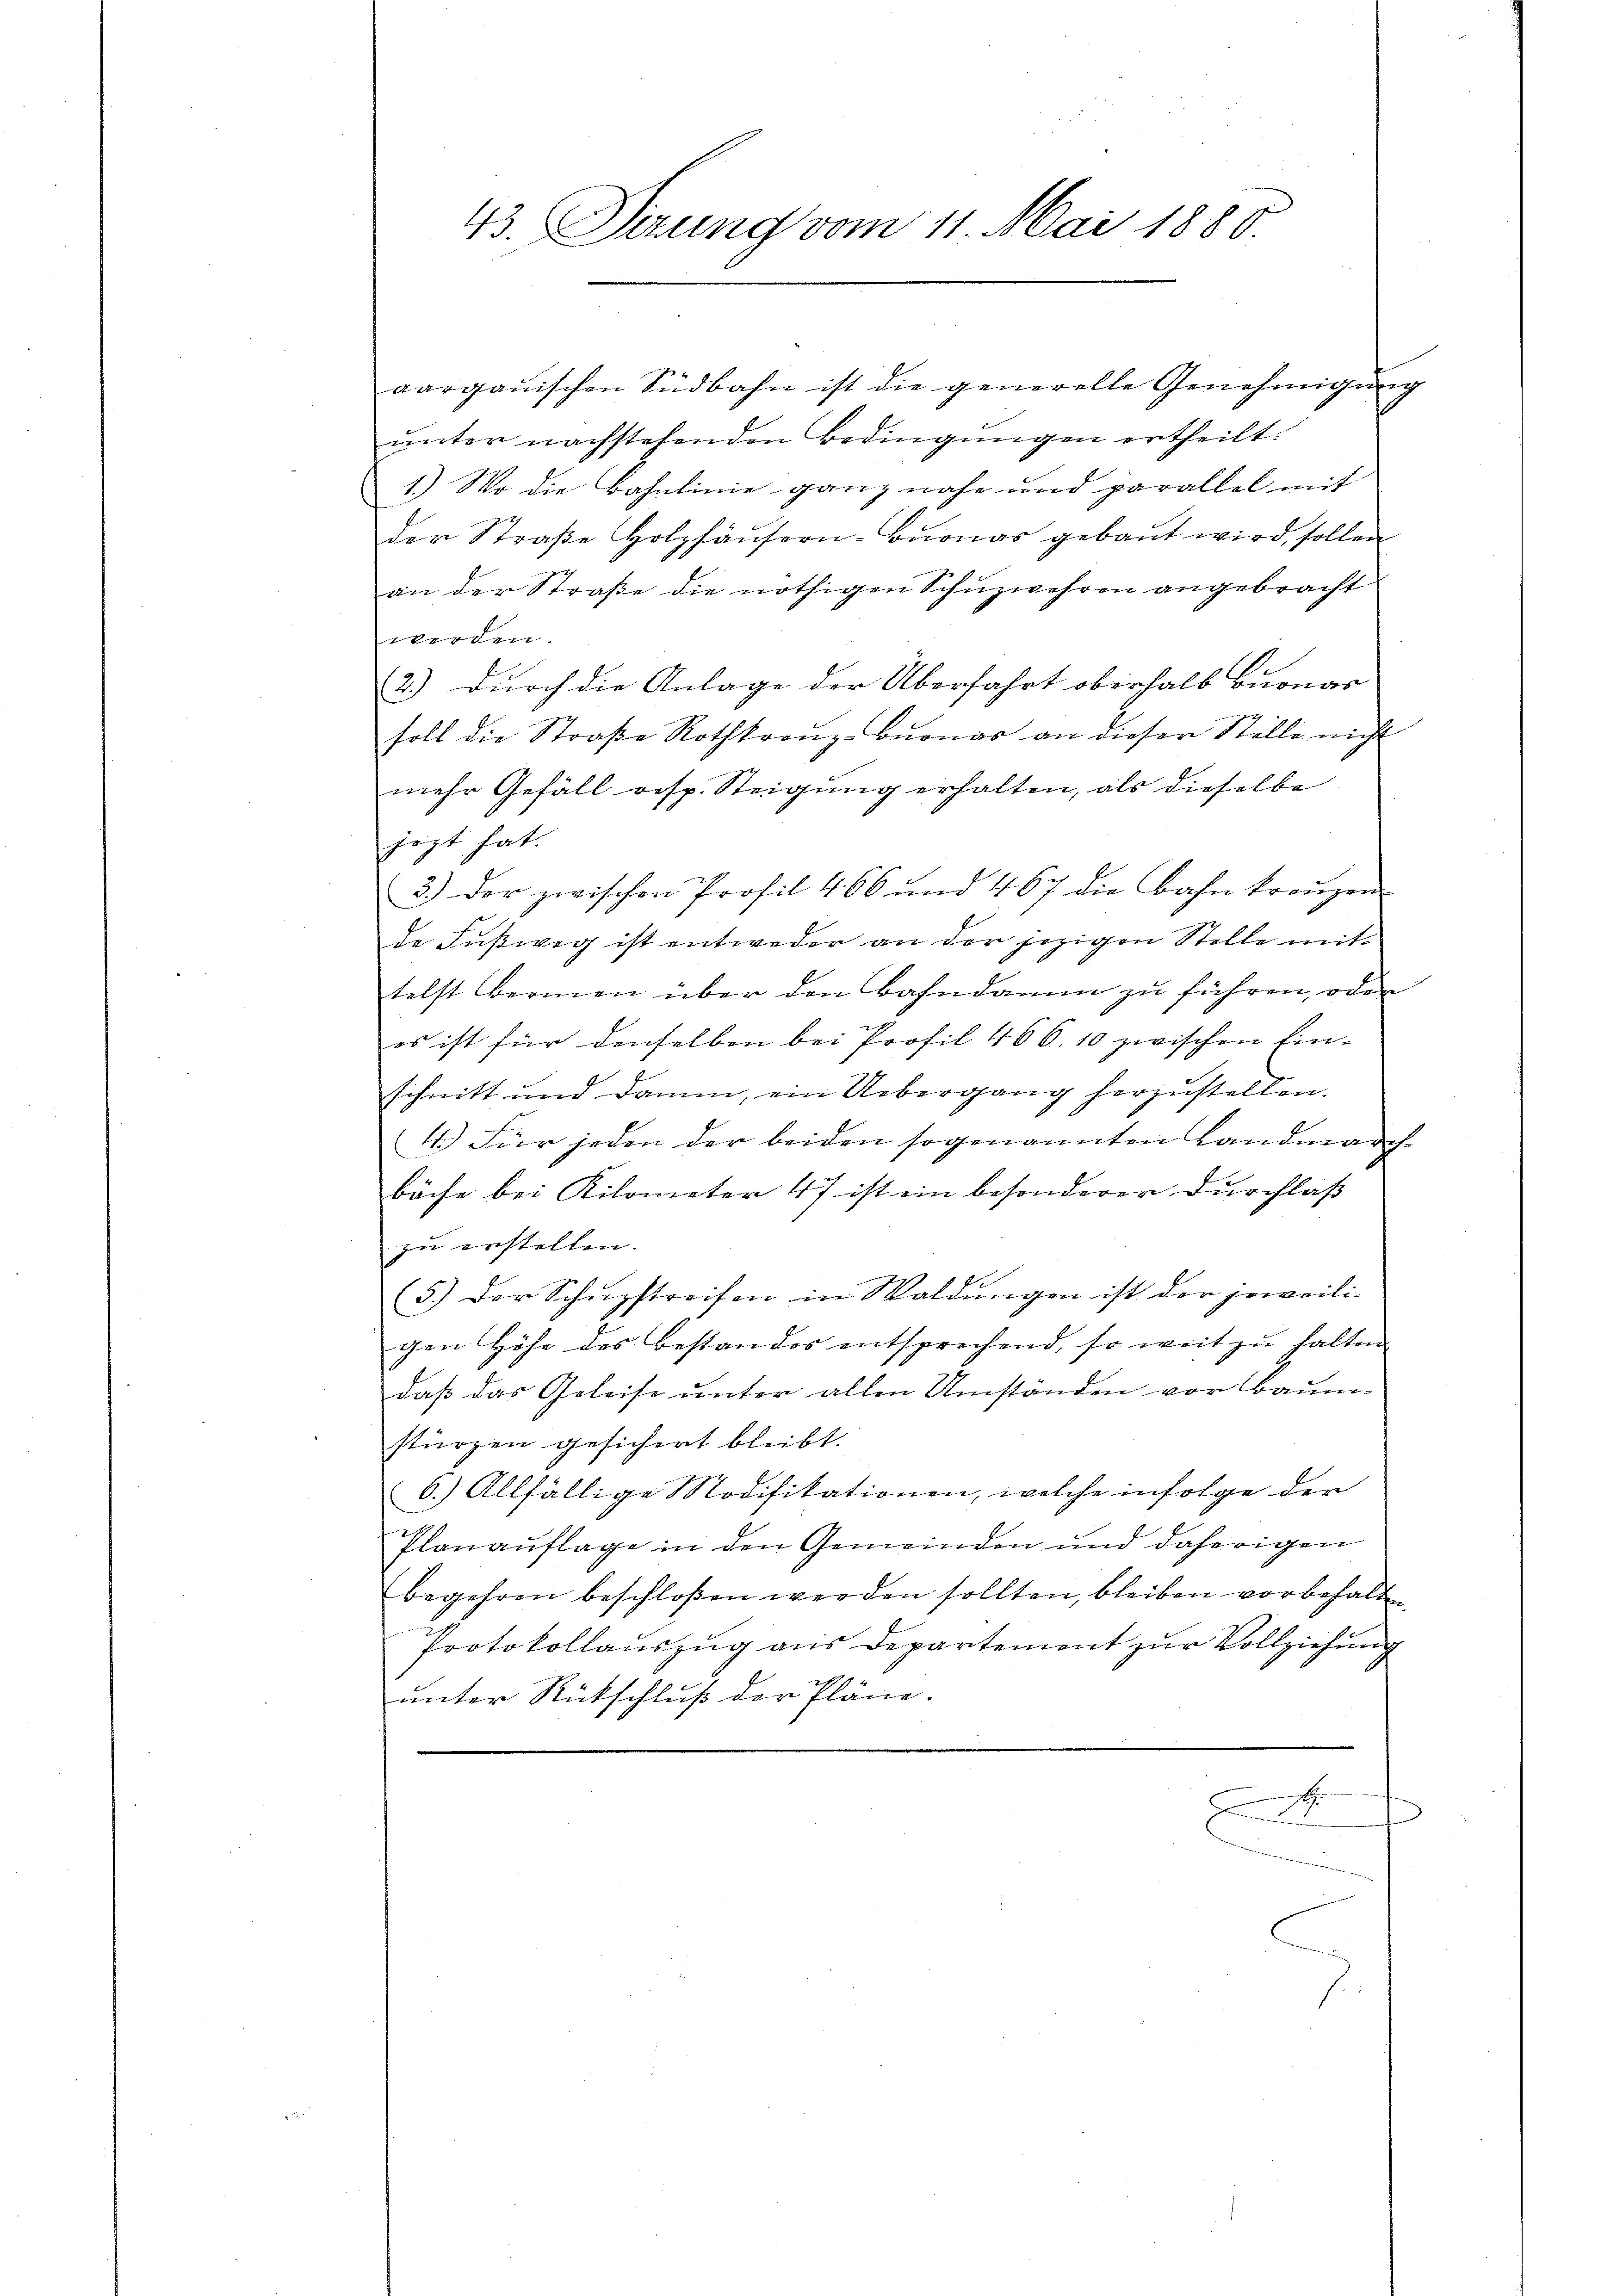
43. Dizung vom 11. Mai 1880.

aargauischen Südbahn ist die generelle Genehmigung
unter nachstehenden Bedingungen ertheilt.
1.) Wo die Bahnlinie ganz nahe und parallel mit
der Straβe Holzhäŭsern-Bŭonas gebaut wird, sollen
an der Straße die nöthigen Schuzwehren angebracht
werden.
2.) durch die Anlage der Überfahrt oberhalb buonas
soll die Straβe Rothkranz-Bŭonas an dieser Stelle nicht
mehr Gefäll resp. Steigung erhalten, als dieselbe
jezt hat.
3.) Der zwischen Profil 466 und 467 die Bahn kränzen
de Fußweg ist entweder an der jezigen Stelle mit
telst Bernen über den Bahndamm zu führen, oder
es ist für denselben bei Profil 466, 10 zwischen Einschnitt und Damm, ein Uebergang herzustellen.
4.) Für jeden der beiden sogenannten Landmarchbäche bei Kilometer 47 ist ein besonderer Durchlaß
zu erstellen.
5.) Der Schŭpstreifen in Waldungen ist der jeweili-
gen Höhe des Bestandes entsprechend, so weit zŭ halten.
daß das Geleise unter allen Umständen vor Baum-
stürzen gesichert bleibt.
6.) Allfällige Modifikationen, welche infolge der
Planauflage in den Gemeinden und daherigen
begehren beschloßen werden sollten, bleiben vorbehalten,
Protokollauszug aus Departement zur Vollziehung
unter Rückschluß der Pläne.
.
.
eesen